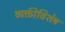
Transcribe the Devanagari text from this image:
व्यक्तीविशेष